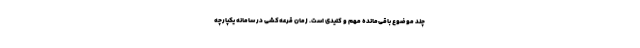
چند موضوع باقی‌مانده مهم و کلیدی است. زمان قرعه‌کشی در سامانه یکپارچه